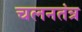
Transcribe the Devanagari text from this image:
चलनतंत्र